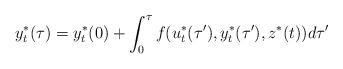
LaTeX: \begin{align*}y^*_t(\tau)=y^*_t(0) + \int_0^{\tau} f(u_t^*(\tau'), y^*_t(\tau'), z^*(t)) d\tau'\end{align*}